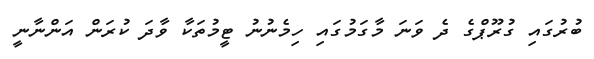
ބުރުގައި ގުރޫޕްގެ ދެ ވަނަ މާގަމުގައި ހިމެނުނު ޓީމުތަކާ ވާދަ ކުރަން އަންނާނީ